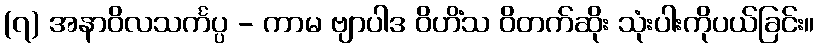
(၇) အနာဝိလသင်္ကပ္ပ - ကာမ ဗျာပါဒ ဝိဟိံသ ဝိတက်ဆိုး သုံးပါးကိုပယ်ခြင်း။